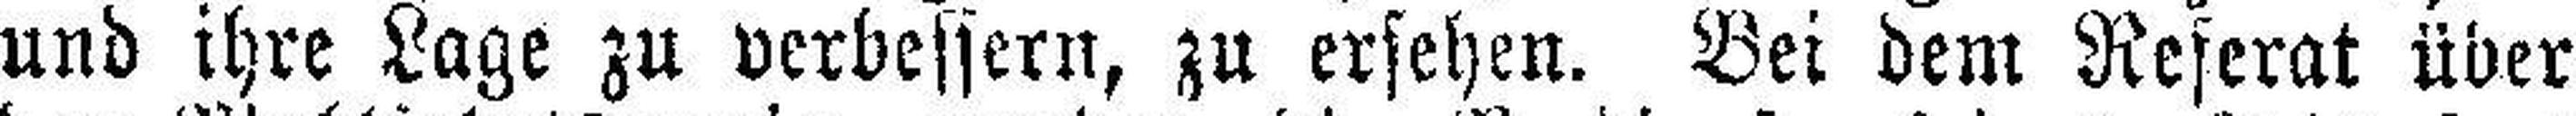
und ihre Lage zu verbessern, zu ersehen. Bei dem Referat über